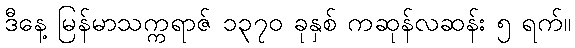
ဒီနေ့ မြန်မာသက္ကရာဇ် ၁၃၇၀ ခုနှစ် ကဆုန်လဆန်း ၅ ရက်။